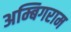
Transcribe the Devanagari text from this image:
अम्बिगराम